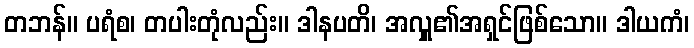
တဘန်။ ပရံစ၊ တပါးတုံလည်း။ ဒါနပတိ၊ အလှူ၏အရှင်ဖြစ်သော။ ဒါယကံ၊